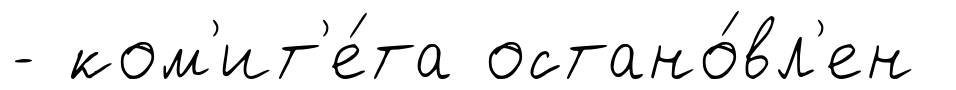
- ком'ит'е́та остано́вл'ен